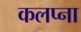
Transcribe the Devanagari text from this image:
कलप्ना